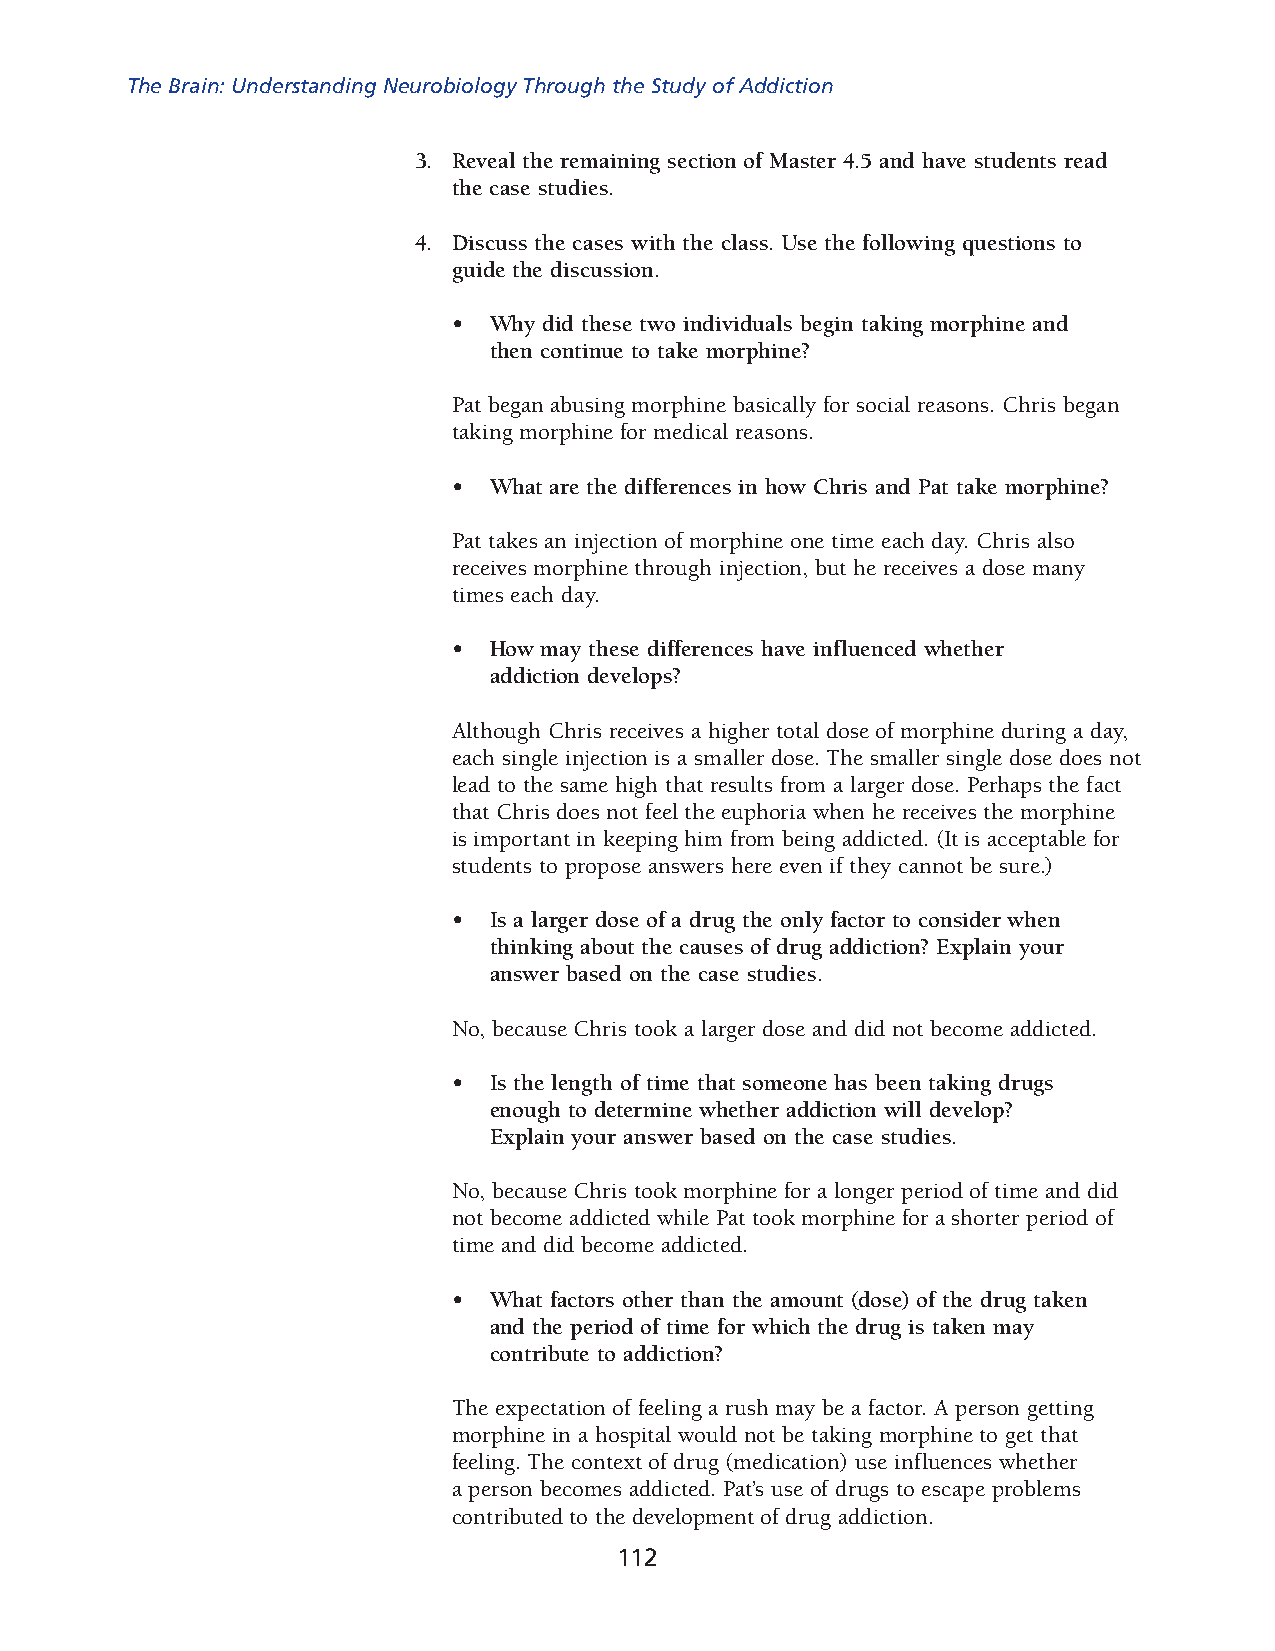
The Brain: Understanding Neurobiology Through the Study of Addiction
 3. Reveal the remaining section of Master 4.5 and have students read
 the case studies.
 4. Discuss the cases with the class. Use the following questions to
 guide the discussion.
 • Why did these two individuals begin taking morphine and
 then con tinue to take morphine?
 Pat began abusing morphine basically for social reasons. Chris began
 tak ing morphine for medical reasons.
 • What are the differences in how Chris and Pat take morphine?
 Pat takes an injection of morphine one time each day. Chris also
 receives morphine through injection, but he receives a dose many
 times each day.
 • How may these differences have influenced whether
 addiction develops?
 Although Chris receives a higher total dose of morphine during a day,
 each single injection is a smaller dose. The smaller single dose does not
 lead to the same high that results from a larger dose. Perhaps the fact
 that Chris does not feel the euphoria when he receives the morphine
 is important in keeping him from being addicted. (It is acceptable for
 students to propose answers here even if they cannot be sure.)
 • Is a larger dose of a drug the only factor to consider when
 thinking about the causes of drug addiction? Explain your
 answer based on the case studies.
 No, because Chris took a larger dose and did not become addicted.
 • Is the length of time that someone has been taking drugs
 enough to determine whether addiction will develop?
 Explain your answer based on the case studies.
 No, because Chris took morphine for a longer period of time and did
 not become addicted while Pat took morphine for a shorter period of
 time and did become addicted.
 • What factors other than the amount (dose) of the drug taken
 and the period of time for which the drug is taken may
 contribute to addiction?
 The expectation of feeling a rush may be a factor. A person getting
 mor phine in a hospital would not be taking morphine to get that
 feeling. The context of drug (medication) use influences whether
 a person becomes addicted. Pat’s use of drugs to escape problems
 contributed to the develop ment of drug addiction.
 112